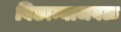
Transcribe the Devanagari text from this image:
बिछान्याजवळ